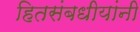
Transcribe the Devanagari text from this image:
हितसंबधीयांनी